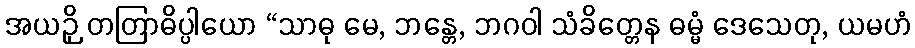
အယဉှိ တတြာဓိပ္ပါယော “သာဓု မေ, ဘန္တေ, ဘဂဝါ သံခိတ္တေန ဓမ္မံ ဒေသေတု, ယမဟံ